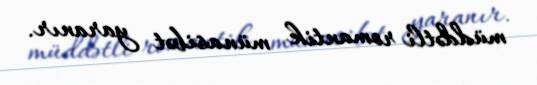
müddətli romantik münasibət yaranır.